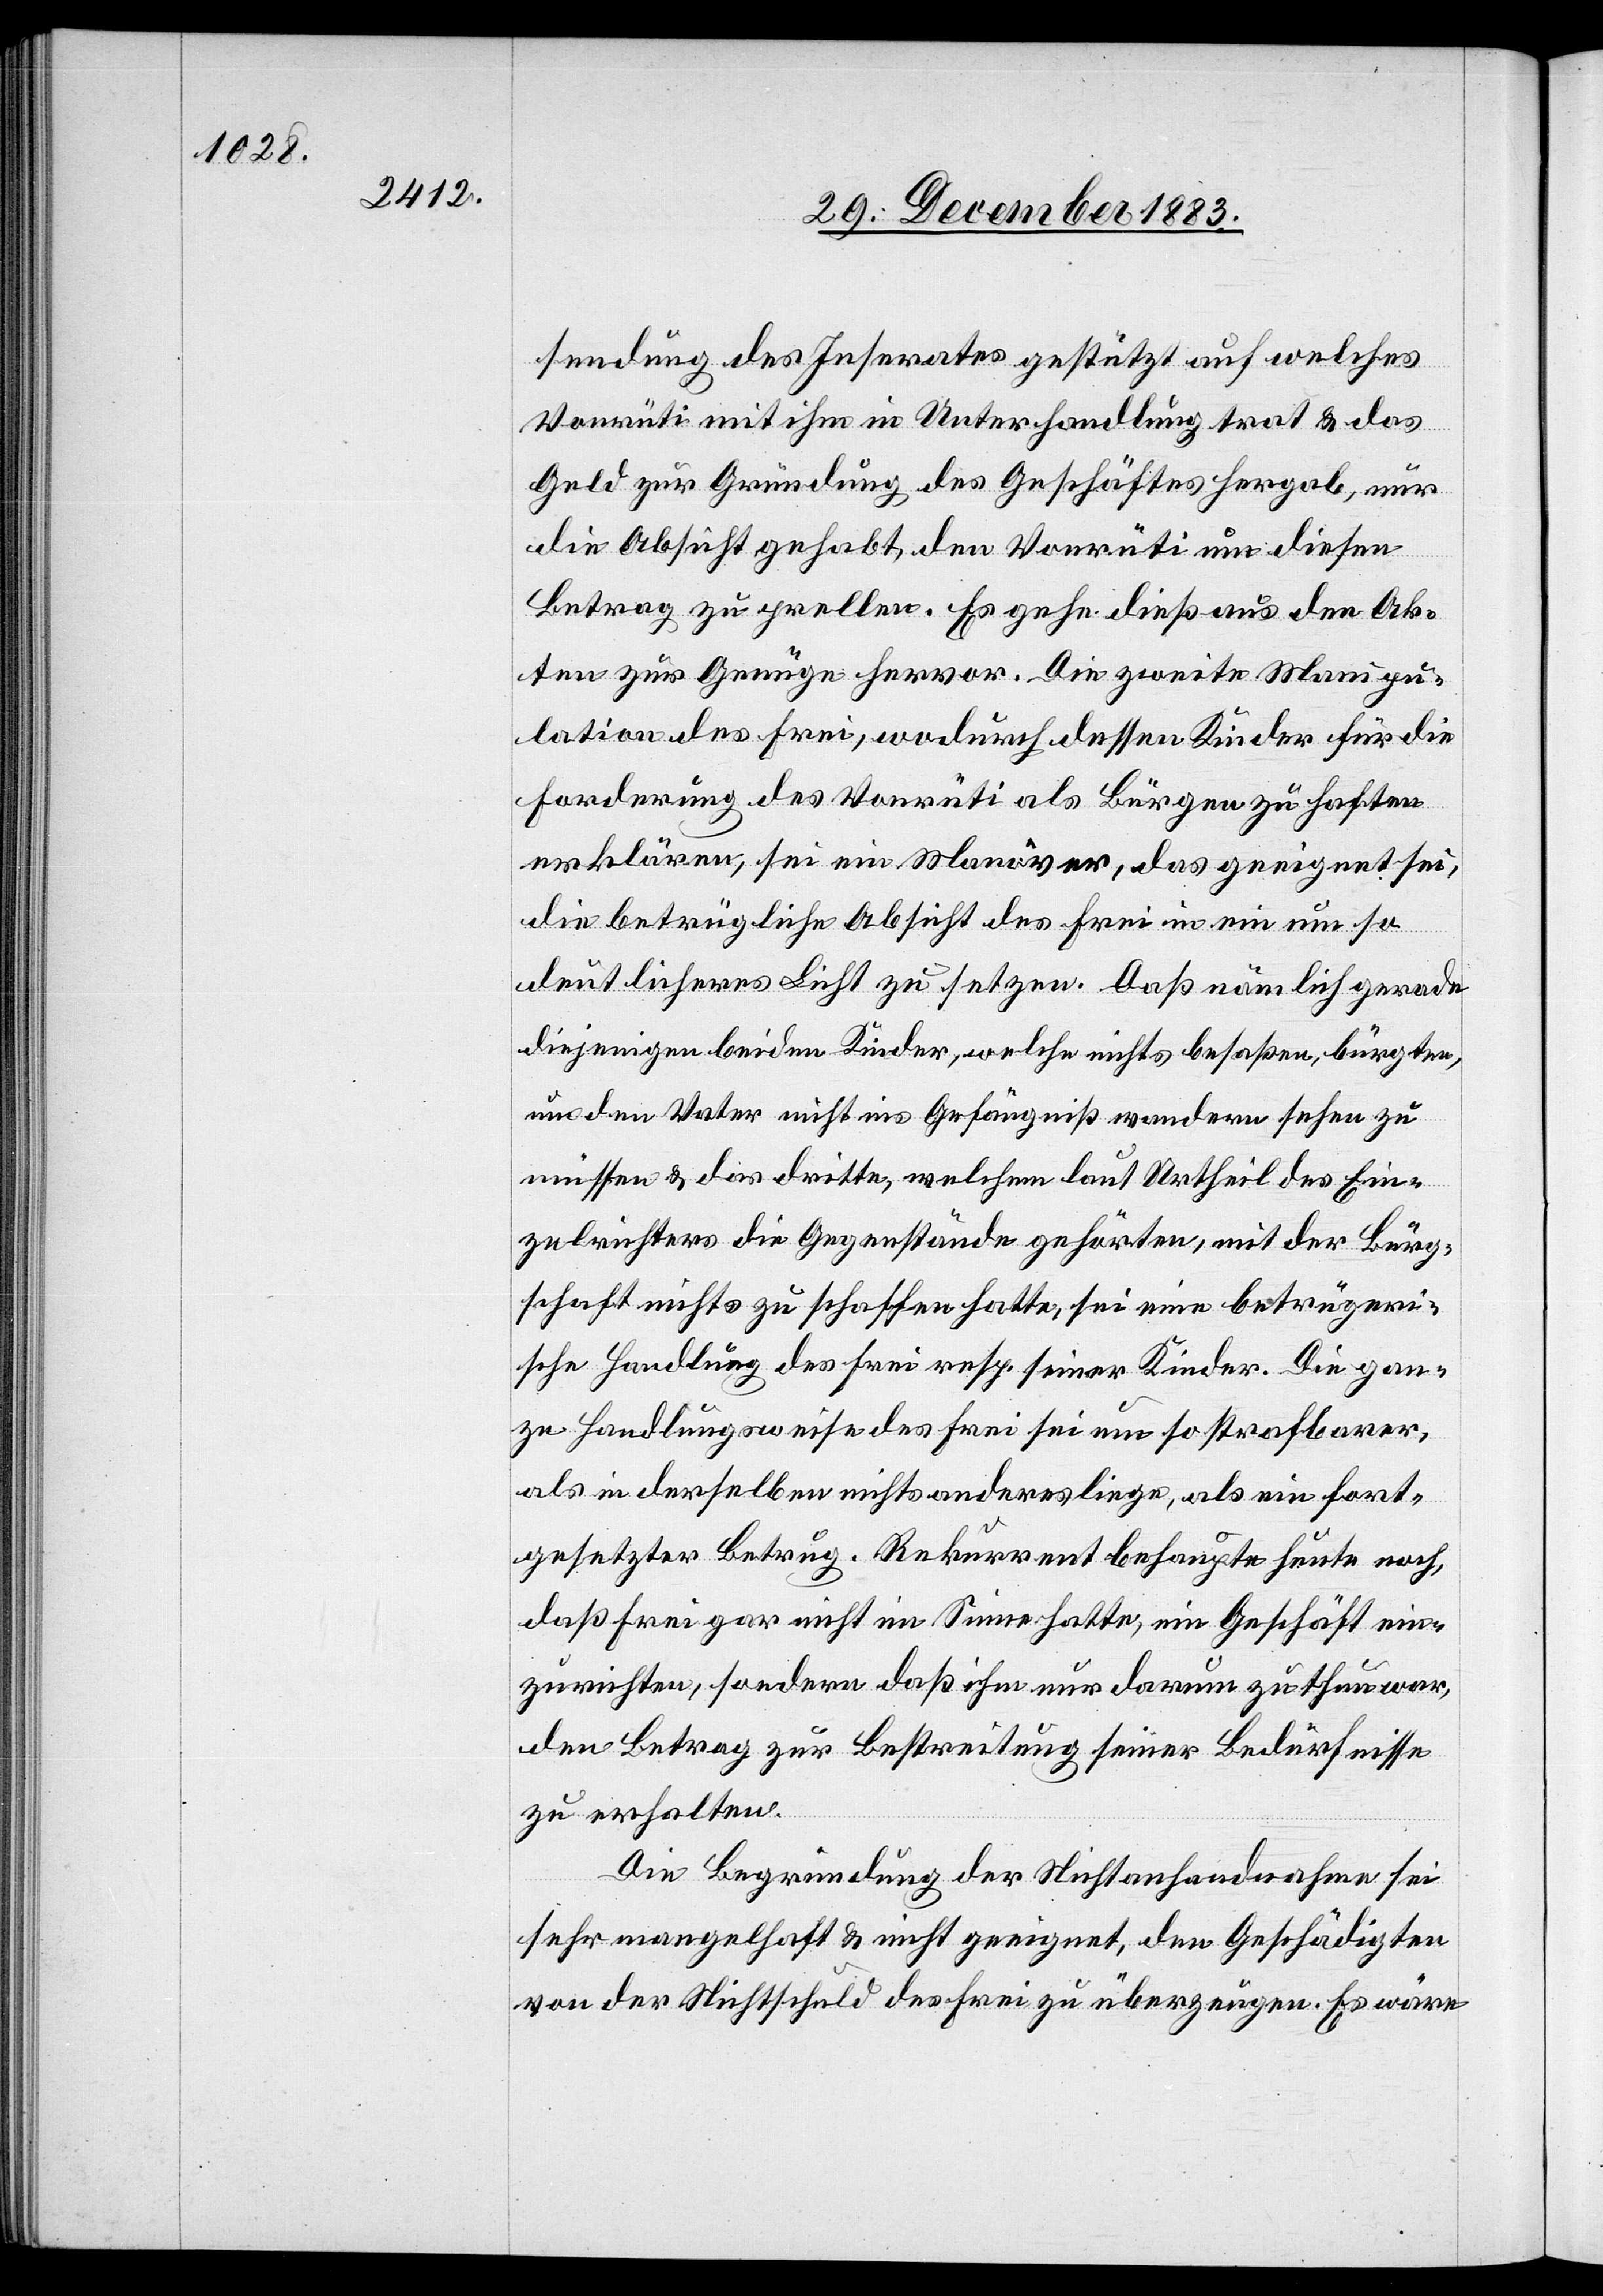
sendung des Inserates gestützt auf welches
Vonrüti mit ihm in Unterhandlung trat & das
Geld zur Gründung des Geschäftes hergab, nur
die Absicht gehabt, den Vonrüti um diesen
Betrag zu prellen. Es gehe dieß aus den Ak¬
ten zur Genüge hervor. Die zweite Manipu¬
lation des Frei, wodurch dessen Kinder für die
Forderung des Vonrüti als Bürgen zu haften
erklären, sei ein Manöver, das geeignet sei,
die betrügliche Absicht des Frei in ein um so
deutlicheres Licht zu setzen. Daß nämlich gerade
diejenigen beiden Kinder, welche nichts besaßen, bürgten,
um dem Vater nicht ins Gefängniß wandern sehen zu
müssen & das dritte, welchem laut Urtheil des Ein¬
zelrichters die Gegenstände gehörten, mit der Bürg¬
schaft nichts zu schaffen hatte, sei eine betrügeri¬
sche Handlung des Frei resp. seiner Kinder. Die gan¬
ze Handlungsweise des Frei sei um so strafbarer,
als in derselben nichts anderes liege, als ein fort¬
gesetzter Betrug. Rekurrent behaupte heute noch,
daß Frei gar nicht im Sinne hatte, ein Geschäft ein¬
zurichten, sondern daß ihm nur darum zu thun war,
den Betrag zur Bestreitung seiner Bedürfnisse
zu erhalten.
Die Begründung der Nichtanhandnahme sei
sehr mangelhaft & nicht geeignet, den Geschädigten
von der Nichtschuld des Frei zu überzeugen. Es wäre